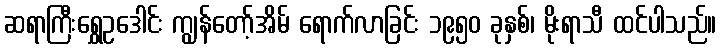
ဆရာကြီးရွှေဥဒေါင်း ကျွန်တော့်အိမ် ရောက်လာခြင်း ၁၉၅၀ ခုနှစ်၊ မိုးရာသီ ထင်ပါသည်။